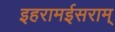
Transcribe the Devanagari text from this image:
इहरामईसराम्